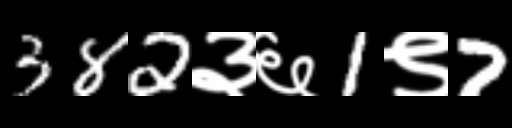
Text: 382३६1९7